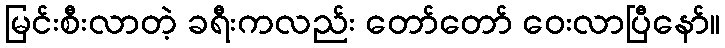
မြင်းစီးလာတဲ့ ခရီးကလည်း တော်တော် ဝေးလာပြီနော်။